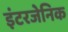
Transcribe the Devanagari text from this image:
इंटरजेनिक